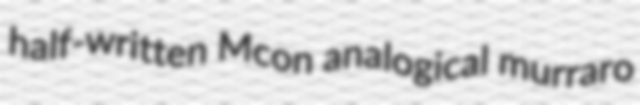
half-written Mcon analogical murraro